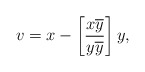
\begin{align*}v=x-\left[ \frac{x\overline{y}}{y\overline{y}}\right] y, \end{align*}